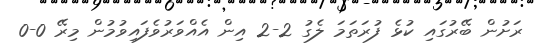
ރަށުން ބޭރުގައި ކުޅެ ފުރަތަމަ ލެގު 2-2 އިން އެއްވަރުވެފައިވުމުން މިރޭ 0-0